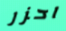
احزر